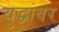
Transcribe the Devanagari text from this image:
युद्धांवर